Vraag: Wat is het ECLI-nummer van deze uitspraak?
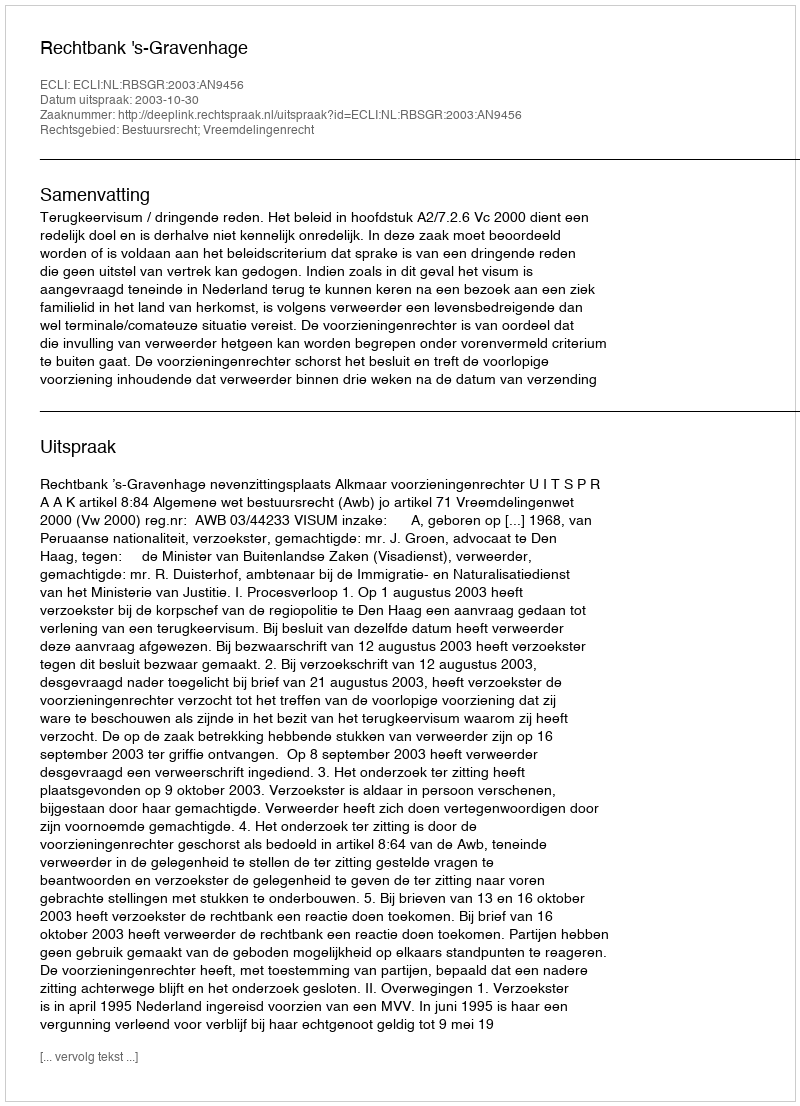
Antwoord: ECLI:NL:RBSGR:2003:AN9456